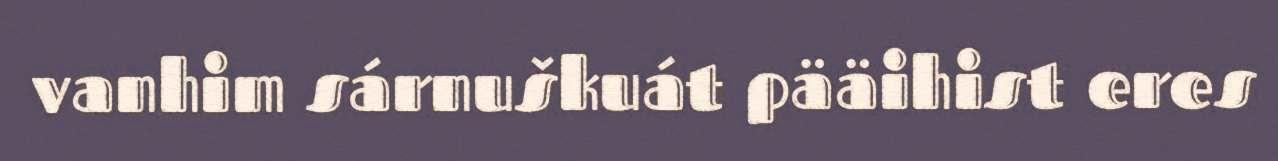
vanhim sárnuškuát pääihist eres